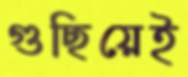
গুছিয়েই